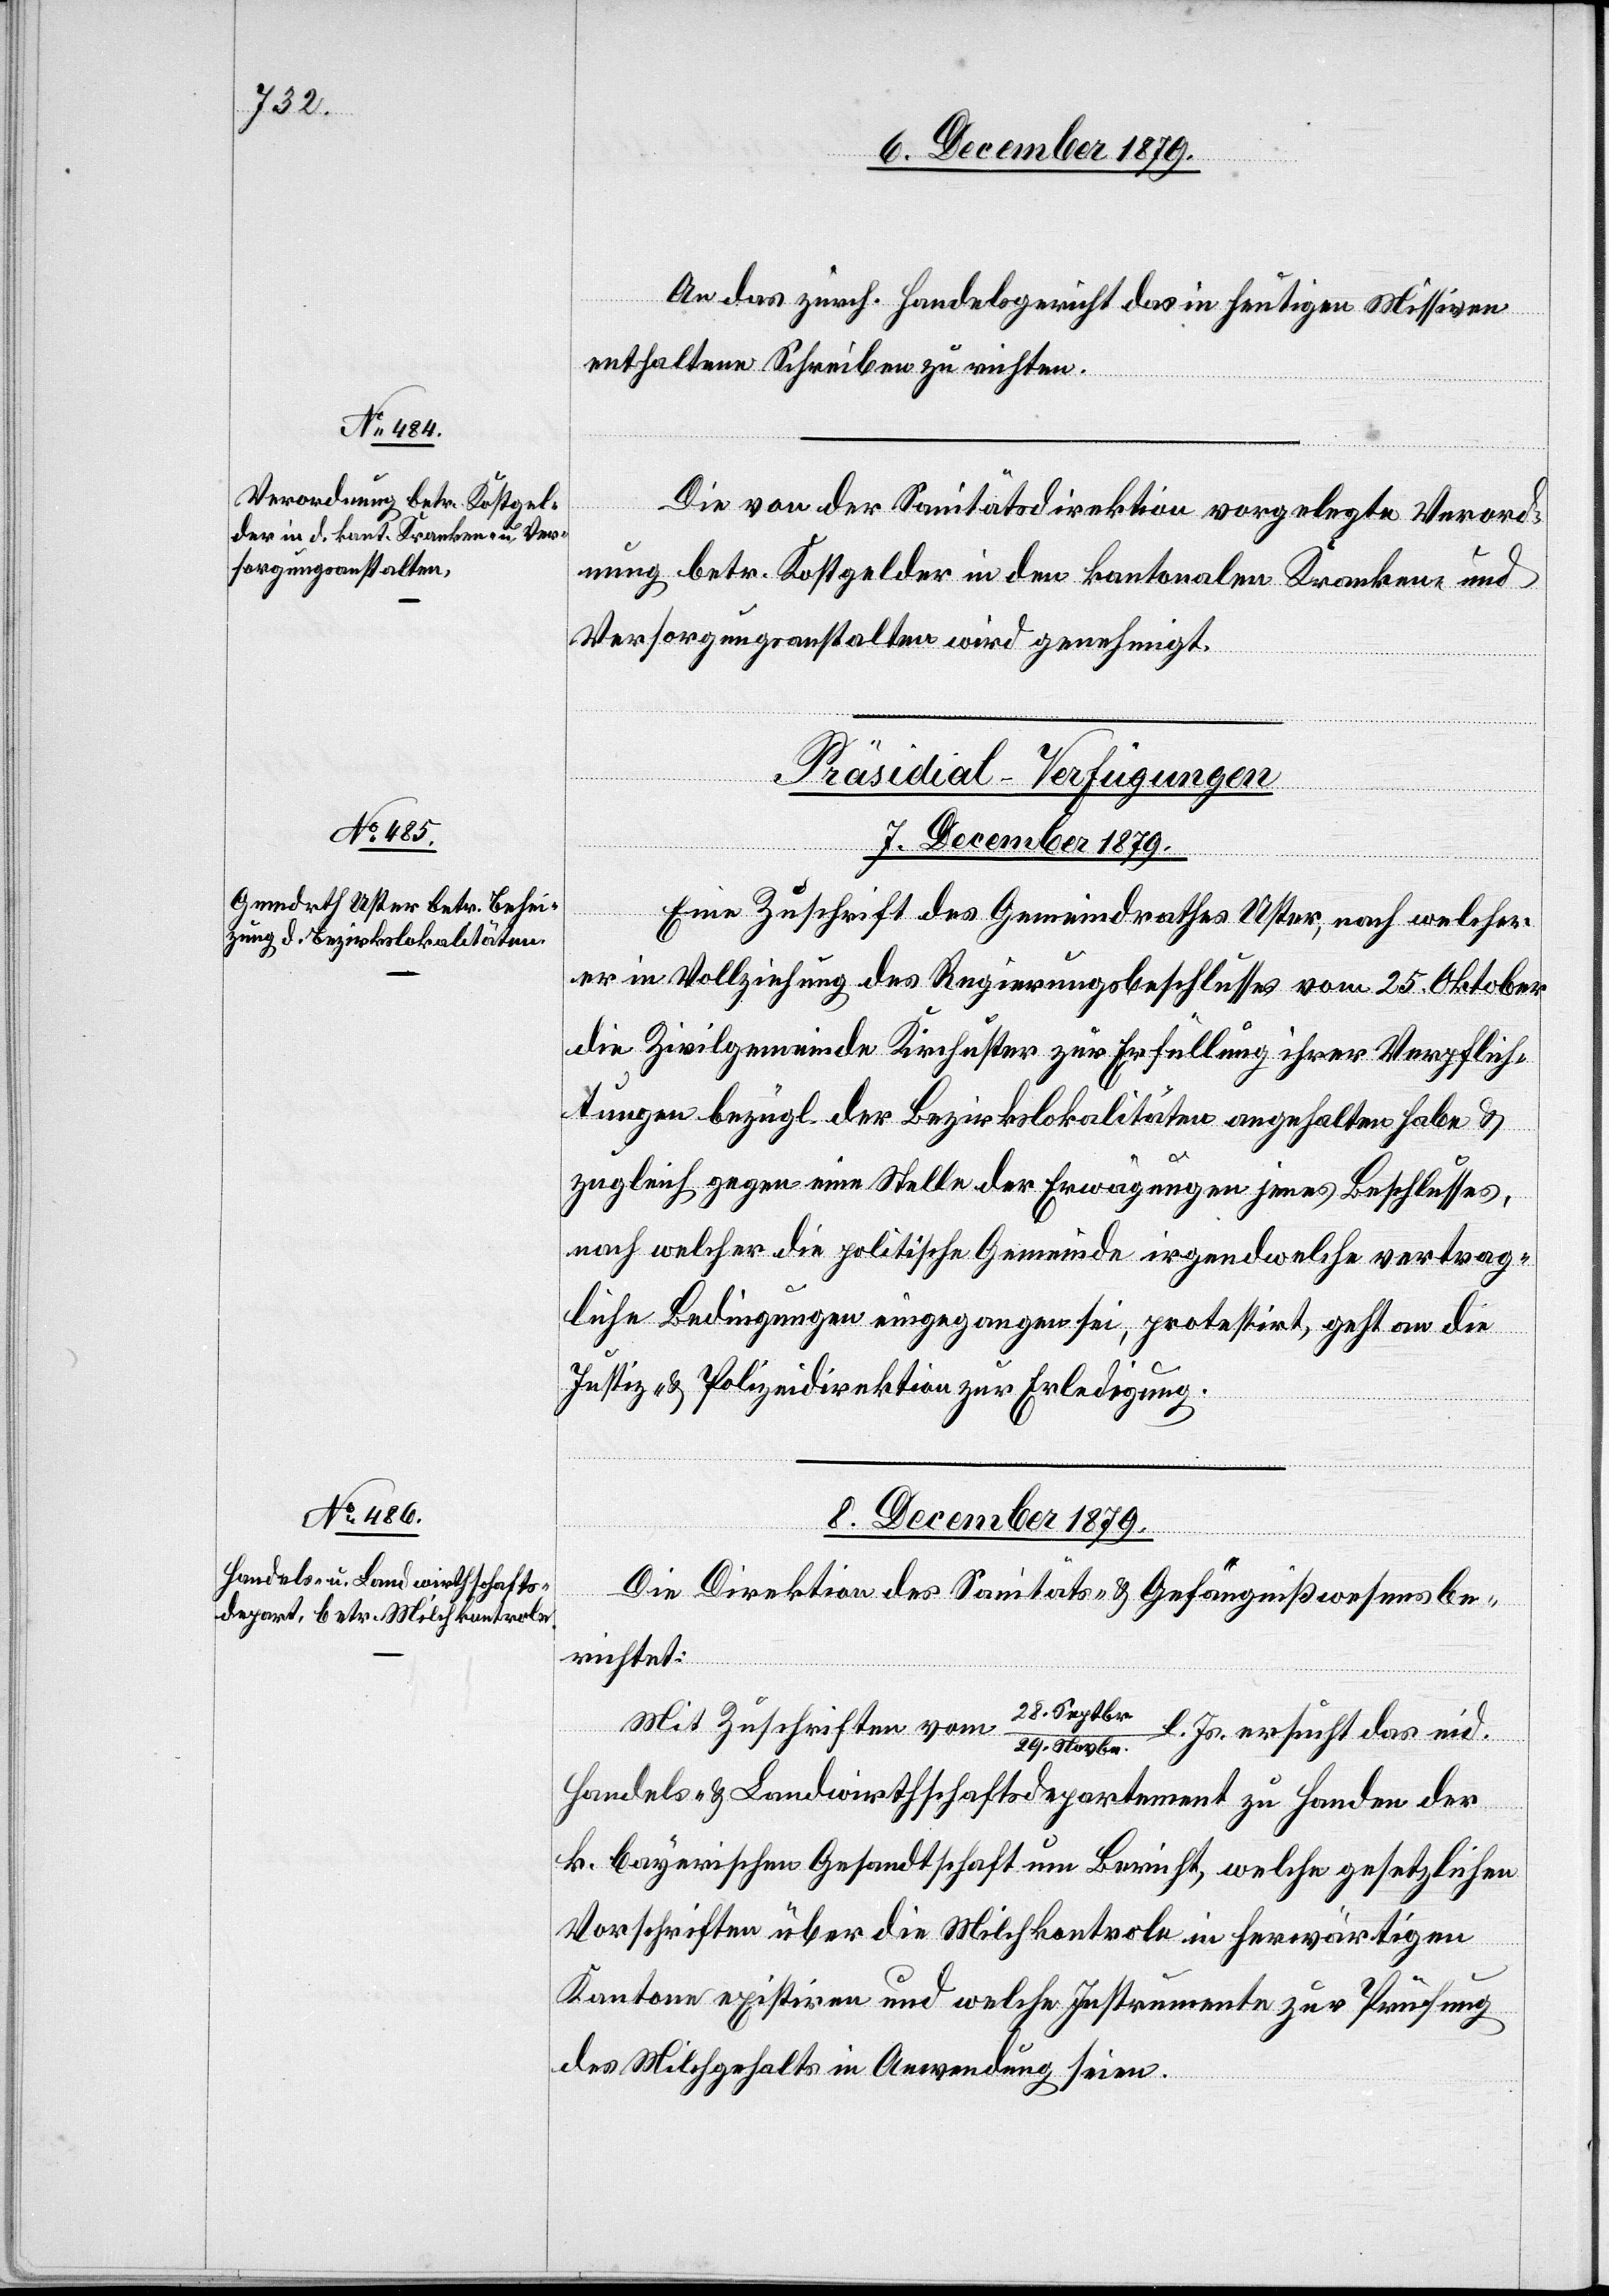
An das zürch. Handelsgericht das in heutigen Missiven
enthaltene Schreiben zu richten.
Die von der Sanitätsdirektion vorgelegte Verord¬
nung betr. Kostgelder in den kantonalen Kranken- und
Versorgungsanstalten wird genehmigt.
[Präsidial-Verfügungen]
7. December 1879.
Eine Zuschrift des Gemeindrathes Uster, nach welcher
er in Vollziehung des Regierungsbeschlusses vom 25. Oktober
die Zivilgemeinde Kirchuster zur Erfüllung ihrer Verpflich¬
tungen bezügl. der Bezirkslokalitäten angehalten habe &
zugleich gegen eine Stelle der Erwägungen jenes Beschlusses,
nach welcher die politische Gemeinde irgendwelche vertrag¬
liche Bedingungen eingegangen sei, protestirt, geht an die
Justiz- & Polizeidirektion zur Erledigung.
8. December 1879.
Die Direktion des Sanitäts- & Gefängnißwesens be¬
richtet:
r./29. Septbr.
Mit Zuschriften vom
l. Js. ersucht das eid.
Handels- & Landwirthschaftsdepartement zu Handen der
k. bayerischen Gesandtschaft um Bericht, welche gesetzlichen
Vorschriften über die Milchkontrole im herwärtigen
Kantone existire und welche Instrumente zur Prüfung
des Milchgehalts in Anwendung seien.